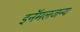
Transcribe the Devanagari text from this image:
इनॅमलजन्य